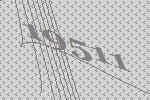
19511